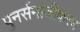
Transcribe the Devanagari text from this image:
पुनर्समाजीकरण